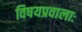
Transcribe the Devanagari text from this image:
विषयप्रवालाः